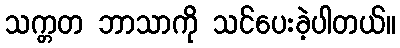
သက္တတ ဘာသာကို သင်ပေးခဲ့ပါတယ်။